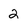
Character: 2